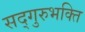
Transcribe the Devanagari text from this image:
सद्गुरुभक्ति